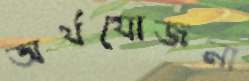
অর্থযোজনা